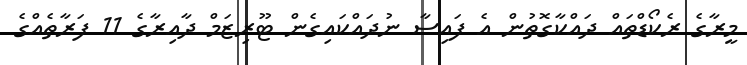
މީރާގެ ރެކޯޑްތައް ދައްކާގޮތުން އެ ފައިސާ ނުދައްކައިގެން ޓޫރިޒަމް ދާއިރާގެ 11 ފަރާތެއްގެ